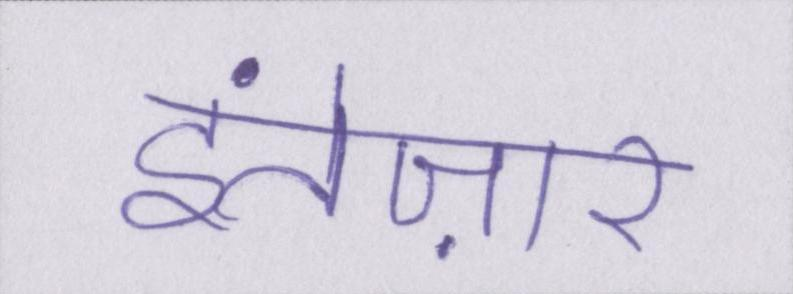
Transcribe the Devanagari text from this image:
इंतेज़ार